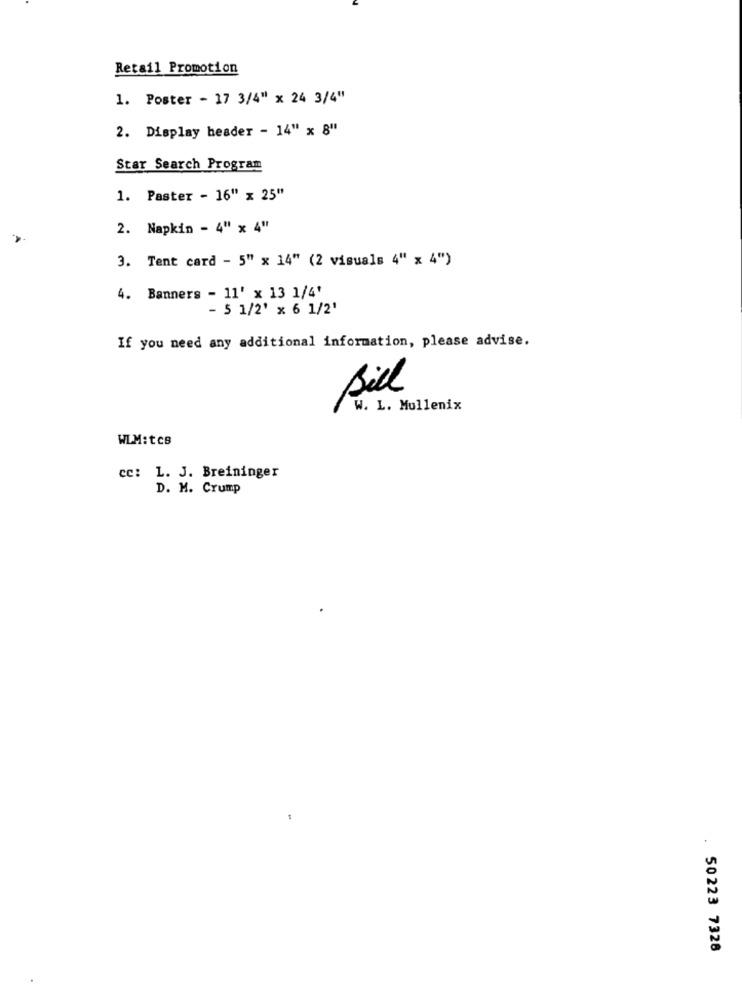
Retail Promotion
1. Poster - 17 3/4" x 24 3/4"
2. Display header - 14" x 8"
Star Search Program
1. Paster - 16" x 25"
2. Napkin - 4" x 4"
3. Tent card - 5" x 14" (2 visuals 4" x 4")
4. Banners - 11' x 13 1/4'
- 5 1/2' x 6 1/2'
If you need any additional information, please advise.
Bill
W. L. Mullenix
WLM:tCB
cc: L. J. Breininger
D. M. Crump
. 50223 7326